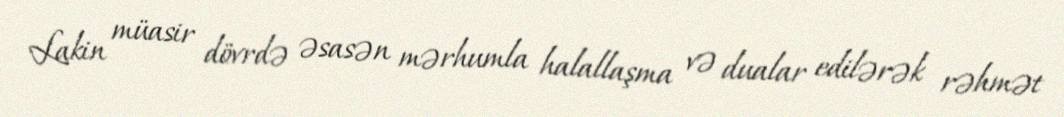
Lakin müasir dövrdə əsasən mərhumla halallaşma və dualar edilərək rəhmət